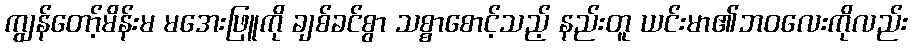
ကျွန်တော့်မိန်းမ မအေးဖြူကို ချစ်ခင်စွာ သစ္စာစောင့်သည့် နည်းတူ ယင်းမာ၏ဘဝလေးကိုလည်း